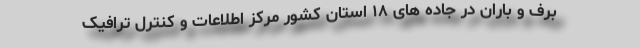
برف و باران در جاده های ۱۸ استان کشور مرکز اطلاعات و کنترل ترافیک